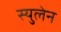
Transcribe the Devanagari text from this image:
स्युलेन